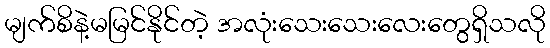
မျက်စိနဲ့မမြင်နိုင်တဲ့ အလုံးသေးသေးလေးတွေရှိသလို